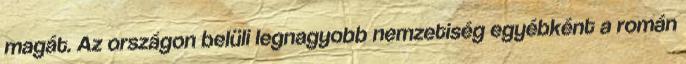
magát. Az országon belüli legnagyobb nemzetiség egyébként a román